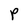
Character: P